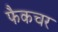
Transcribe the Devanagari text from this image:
फैकचर